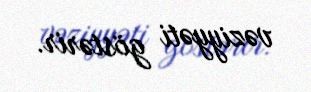
vəziyyəti göstərir.